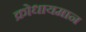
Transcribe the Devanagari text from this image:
क्रोधायमान